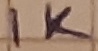
Text: 1K